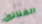
الفنانين